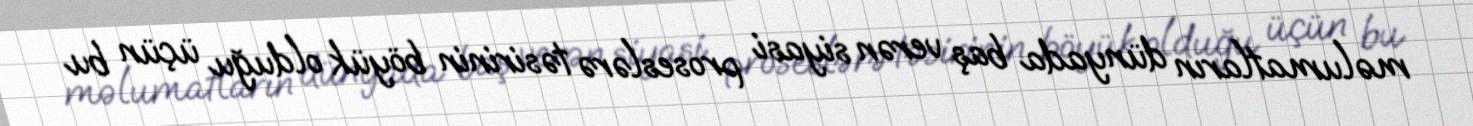
məlumatların dünyada baş verən siyasi proseslərə təsirinin böyük olduğu üçün bu